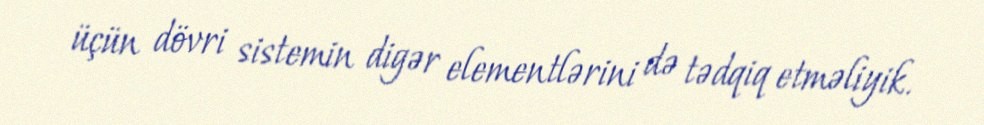
üçün dövri sistemin digər elementlərini də tədqiq etməliyik.